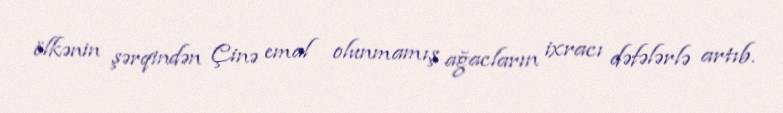
ölkənin şərqindən Çinə emal olunmamış ağacların ixracı dəfələrlə artıb.